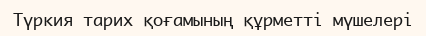
Түркия тарих қоғамының құрметті мүшелері